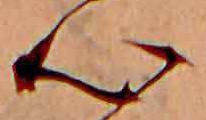
心